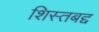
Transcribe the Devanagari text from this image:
शिस्तबद्द